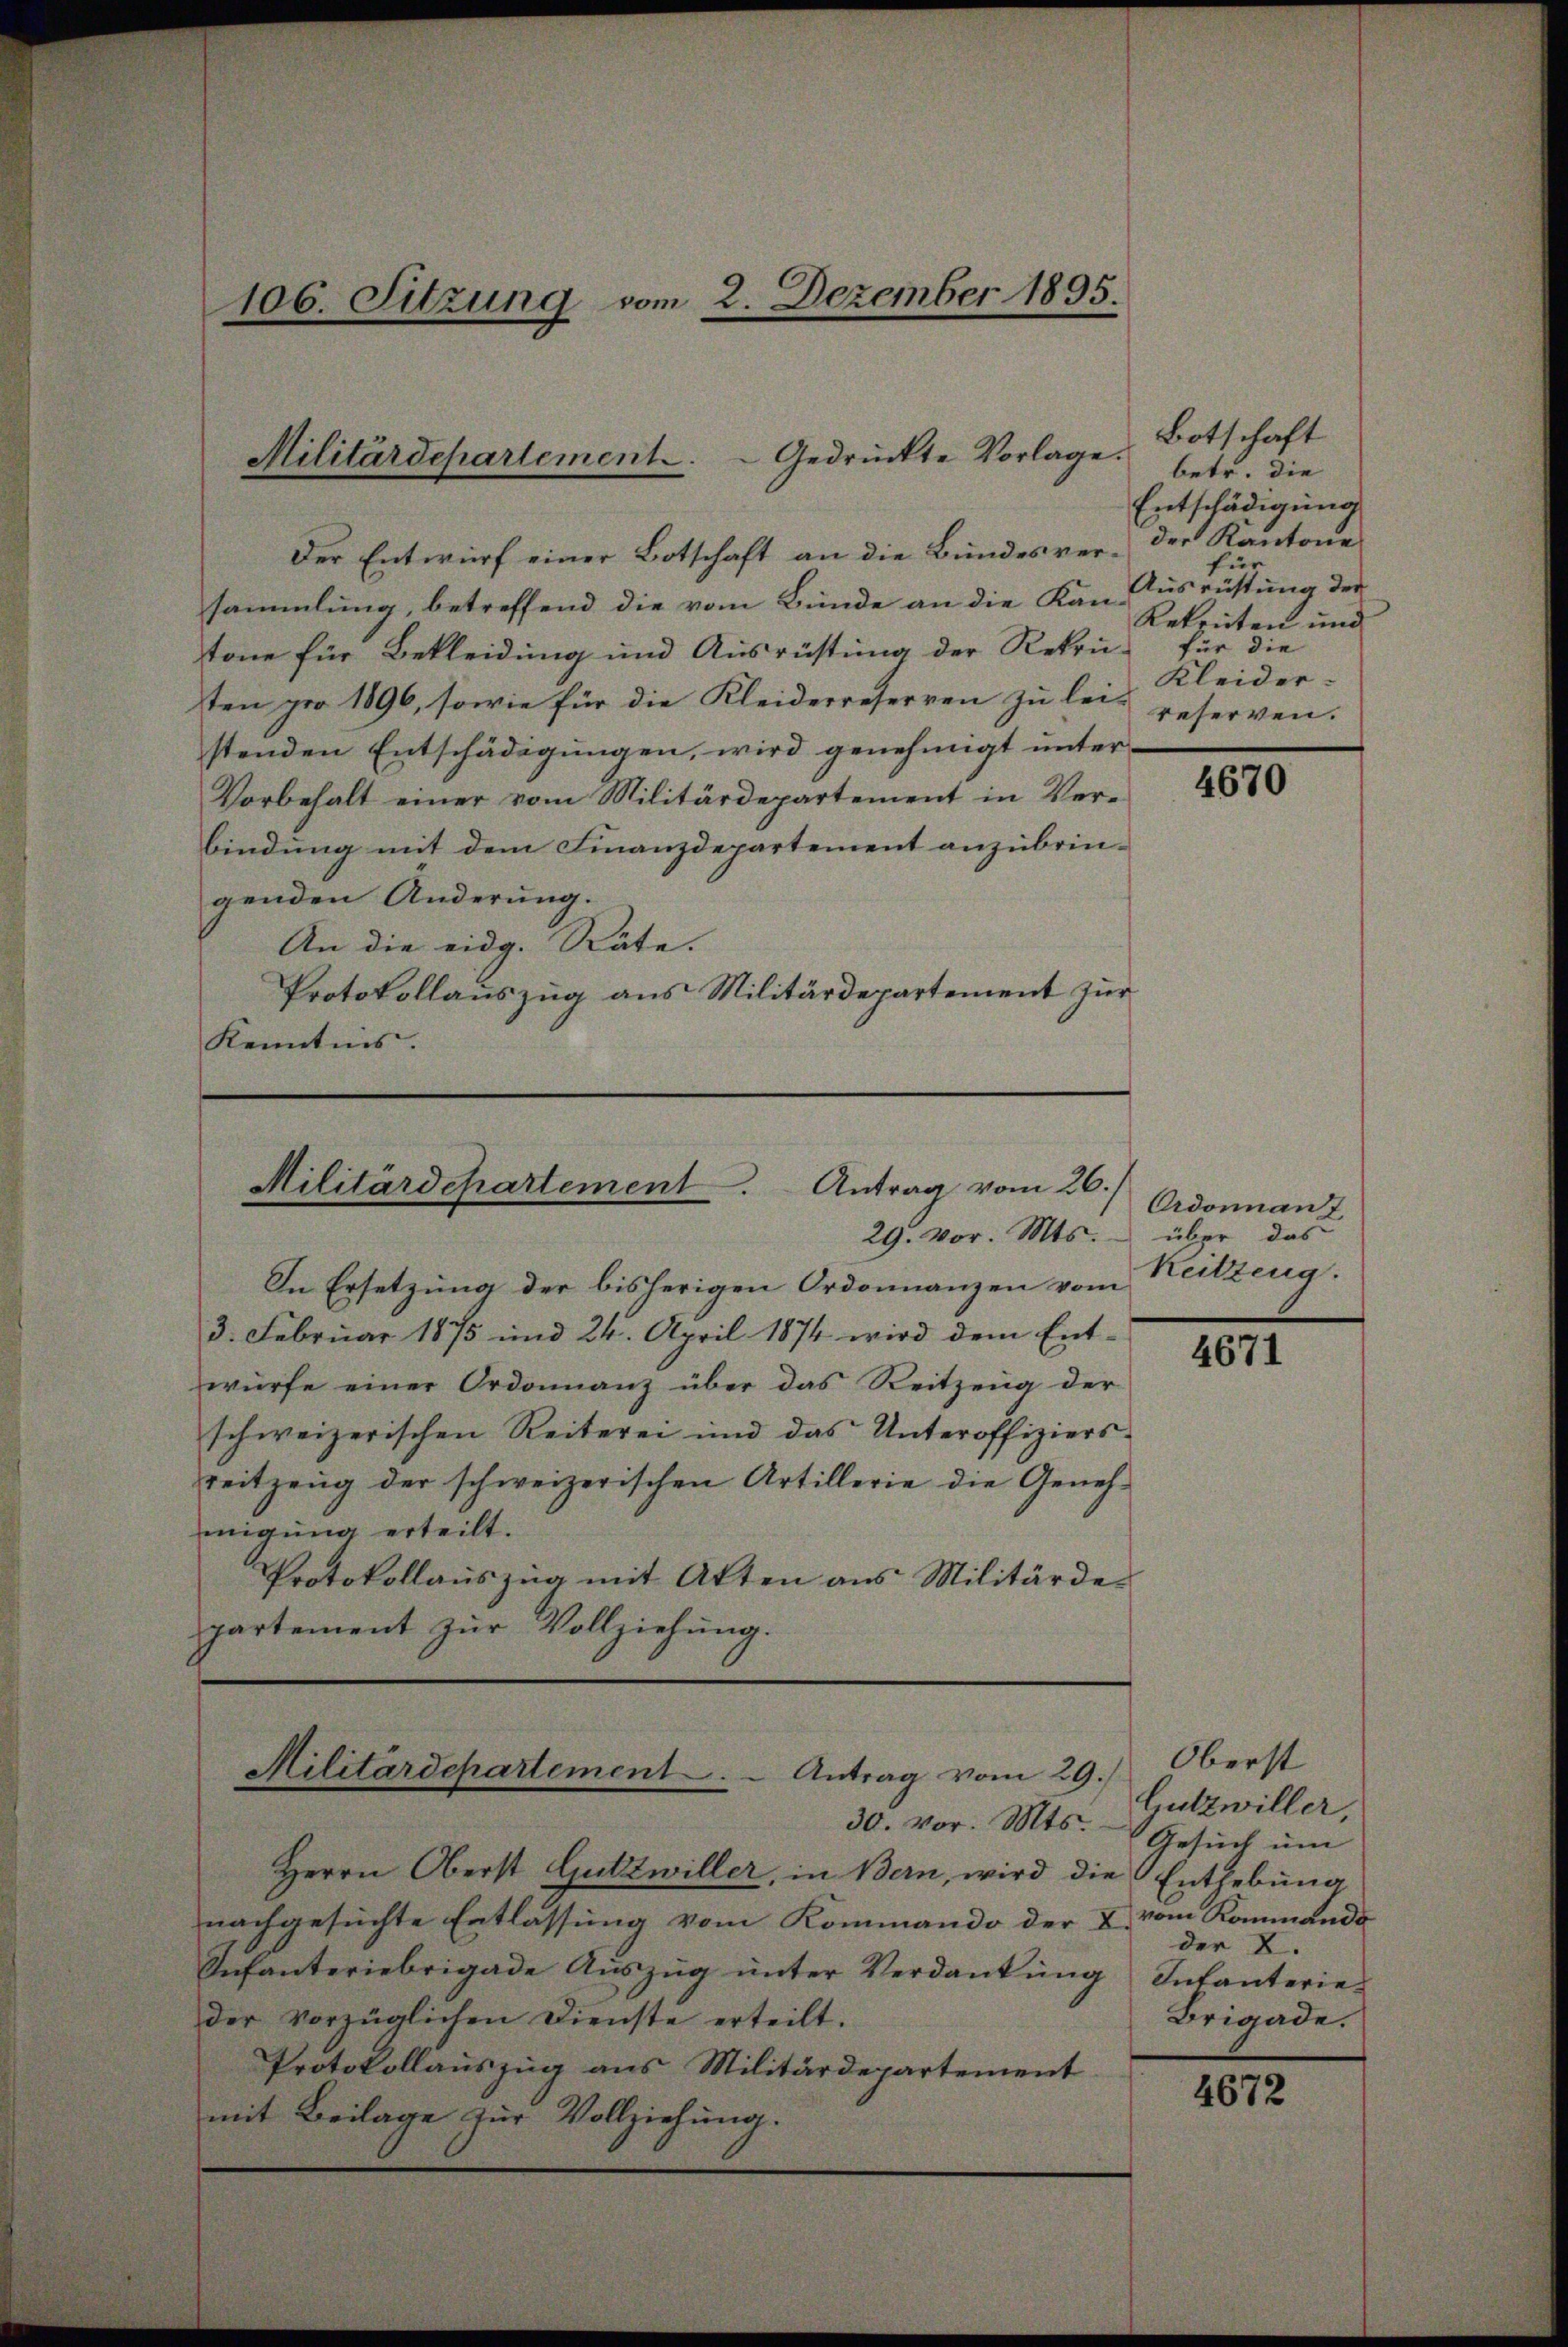
106. Sitzung vom 2. Dezember 1895.

Militärdepartement . .  Gedrückte Vorlage.

Der Entwurf einer Botschaft an die Bundesversammlung, betreffend die vom Bunde an die Kan-Ausrüstung der
tone für Bekleidung und Ausrüstung der Rekrü-
ten pro 1896, sowie für die Kleiderreserven zu lei-
stenden Entschädigungen, wird genehmigt unter-
Vorbehalt einer vom Militärdepartement in Verbindung mit dem Finanzdepartement anzubringenden Änderung.
An die eidg. Räte.
Protokollauszug aus Militärdepartement zur
Kenntnis.

Militärdepartement. Antrag vom 26./

29. vor. Mts. über das

In Ersetzung der bisherigen Ordonnanzen vom
3. Februar 1875 und 24. April 1874 wird dem Ent-
würfe einer Ordonnanz über das Reitzeug der
schweizerischen Reiterei und das Unteroffiziers-
reitzeug der schweizerischen Artillerie die Genehmigung erteilt.
Protokollaŭszŭg mit Atten aus Militärde-
partement zŭr Vollziehung.

Militärdepartement ..  ..  Antrag vom 29.

30. vor. Mts.
Herrn Oberst Gutzwiller, in Bern, wird die Enthebung
nachgesuchte Entlassung vom Kommando der & vom Kommando
Infanteriebrigade Aŭszŭg ŭnter Verdankŭng
der vorzüglichen Dienste erteilt.
Protokollauszug aus Militärdepartement
mit Beilage zur Vollziehung.

Botschaft
betr. die
Entschädigung
der Kantone
für
Rekruten und
für die
Kleider.
reserven.

4670

Ardonnant
Keitzeng.

4671

Oberst
Gutzwiller,
Gesuch um
der L.
Intanterie
Brigade.

4672